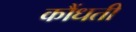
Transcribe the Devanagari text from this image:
कौंधती